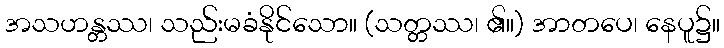
အသဟန္တဿ၊ သည်းမခံနိုင်သော။ (သတ္တဿ၊ ၏။) အာတပေ၊ နေပူ၌။